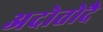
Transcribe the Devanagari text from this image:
अदोतोदै